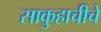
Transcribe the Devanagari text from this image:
साकुहाचीचे